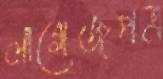
লাগেজপত্র